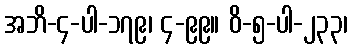
အဘိ-၄-ပါ-၁၇၉၊ ၄-၉၉။ ဝိ-၅-ပါ-၂၃၃၊